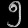
Digit: ၅